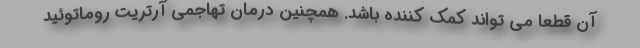
آن قطعا می تواند کمک کننده باشد. همچنین درمان تهاجمی آرتریت روماتوئید